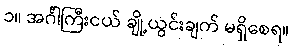
၁။ အင်္ဂါကြီးငယ် ချို့ယွင်းချက် မရှိစေရ။